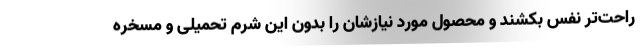
راحت‌تر نفس بکشند و محصول مورد نیازشان را بدون این شرم تحمیلی و مسخره